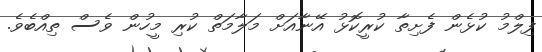
ފިލްމު ކުޅެން ފެށިތާ ކުރީކޮޅު އޭނާއަށް މަލާމަތް ކުރި މީހުން ވެސް ތިއްބެވެ.